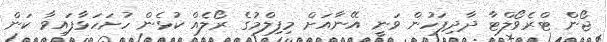
ޖޯން ޓްރެވޯލްޓާ ދާދިފަހުން ވަނީ އޭނާއަށް މިފިލްމުގެ ރޯލެއް ކުޅެން ހުށަހަޅާފައިވާ ކަން